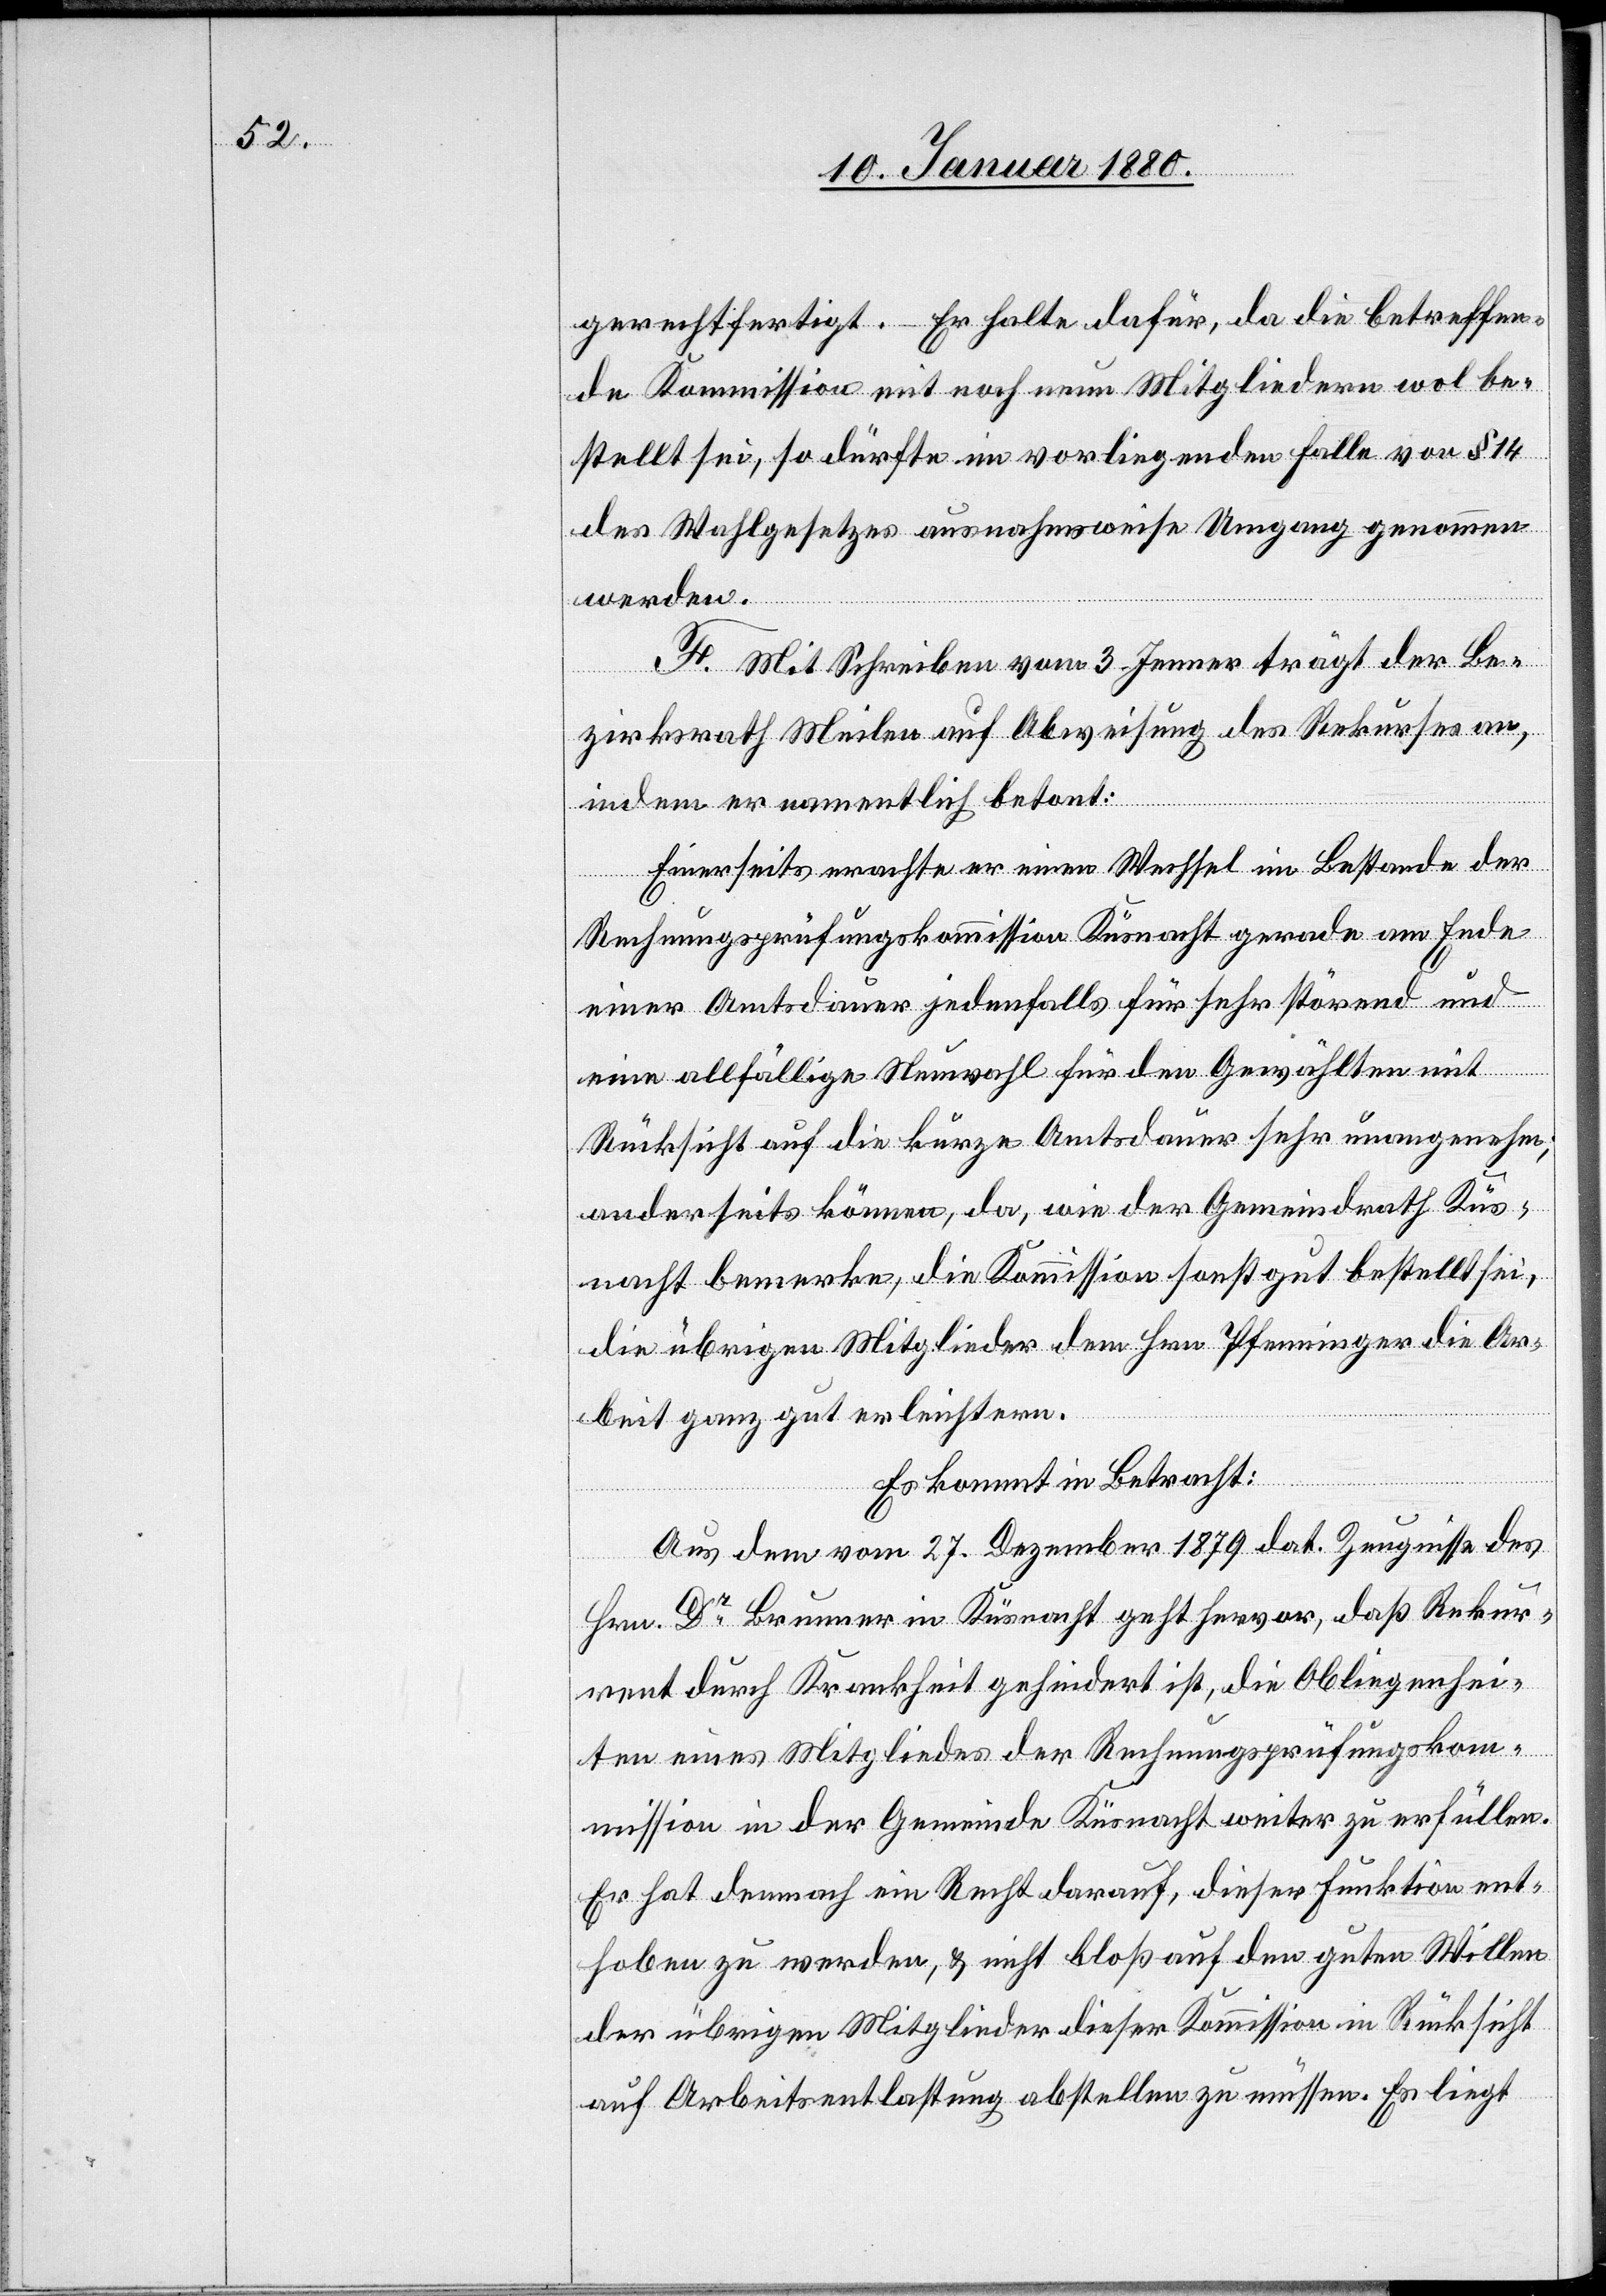
gerechtfertigt. Er halte dafür, da die betreffen¬
de Kommission mit noch neun Mitgliedern wol be¬
stellt sei, so dürfte im vorliegenden Falle von § 14
des Wahlgesetzes ausnahmsweise Umgang genommen
werden.
F. Mit Schreiben vom 3. Jenner trägt der Be¬
zirksrath Meilen auf Abweisung des Rekurses an,
indem er namentlich betont:
Einerseits erachte er einen Wechsel im Bestande der
Rechnungsprüfungskommission Küsnacht gerade am Ende
einer Amtsdauer jedenfalls für sehr störend und
eine allfällige Neuwahl für den Gewählten mit
Rücksicht auf die kurze Amtsdauer sehr unangenehm;
anderseits können, da, wie der Gemeindrath Küs¬
nacht bemerke, die Kommission sonst gut bestellt sei,
die übrigen Mitglieder dem Hrn. Pfenninger die Ar¬
beit ganz gut erleichtern.
Es kommt in Betracht:
Aus dem vom 27. Dezember 1879 dat. Zeugnisse des
Herrn Dr. Brunner in Küsnacht geht hervor, daß Rekur¬
rent durch Krankheit gehindert ist, die Obliegenhei¬
ten eines Mitgliedes der Rechnungsprüfungskom¬
mission in der Gemeinde Küsnacht weiter zu erfüllen.
Er hat demnach ein Recht darauf, dieser Funktion ent¬
hoben zu werden, & nicht bloß auf den guten Willen
der übrigen Mitglieder dieser Kommission in Rücksicht
auf Arbeitsentlastung abstellen zu müssen. Es liegt